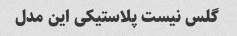
گلس نیست پلاستیکی این مدل